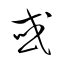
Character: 或